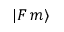
| F \, m \rangle